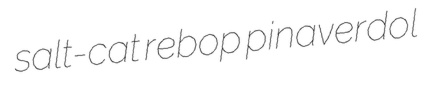
salt-cat rebop pinaverdol